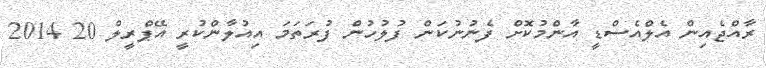
ރާއްޖެއިން އެލްއެސްޑީ އާންމުކޮށް ފެނުނުކަން ފުލުހުން ފުރަތަމަ އިއުލާންކުރީ އޭޕްރީލް 20 2014